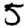
Digit: 5